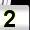
Digit: 2